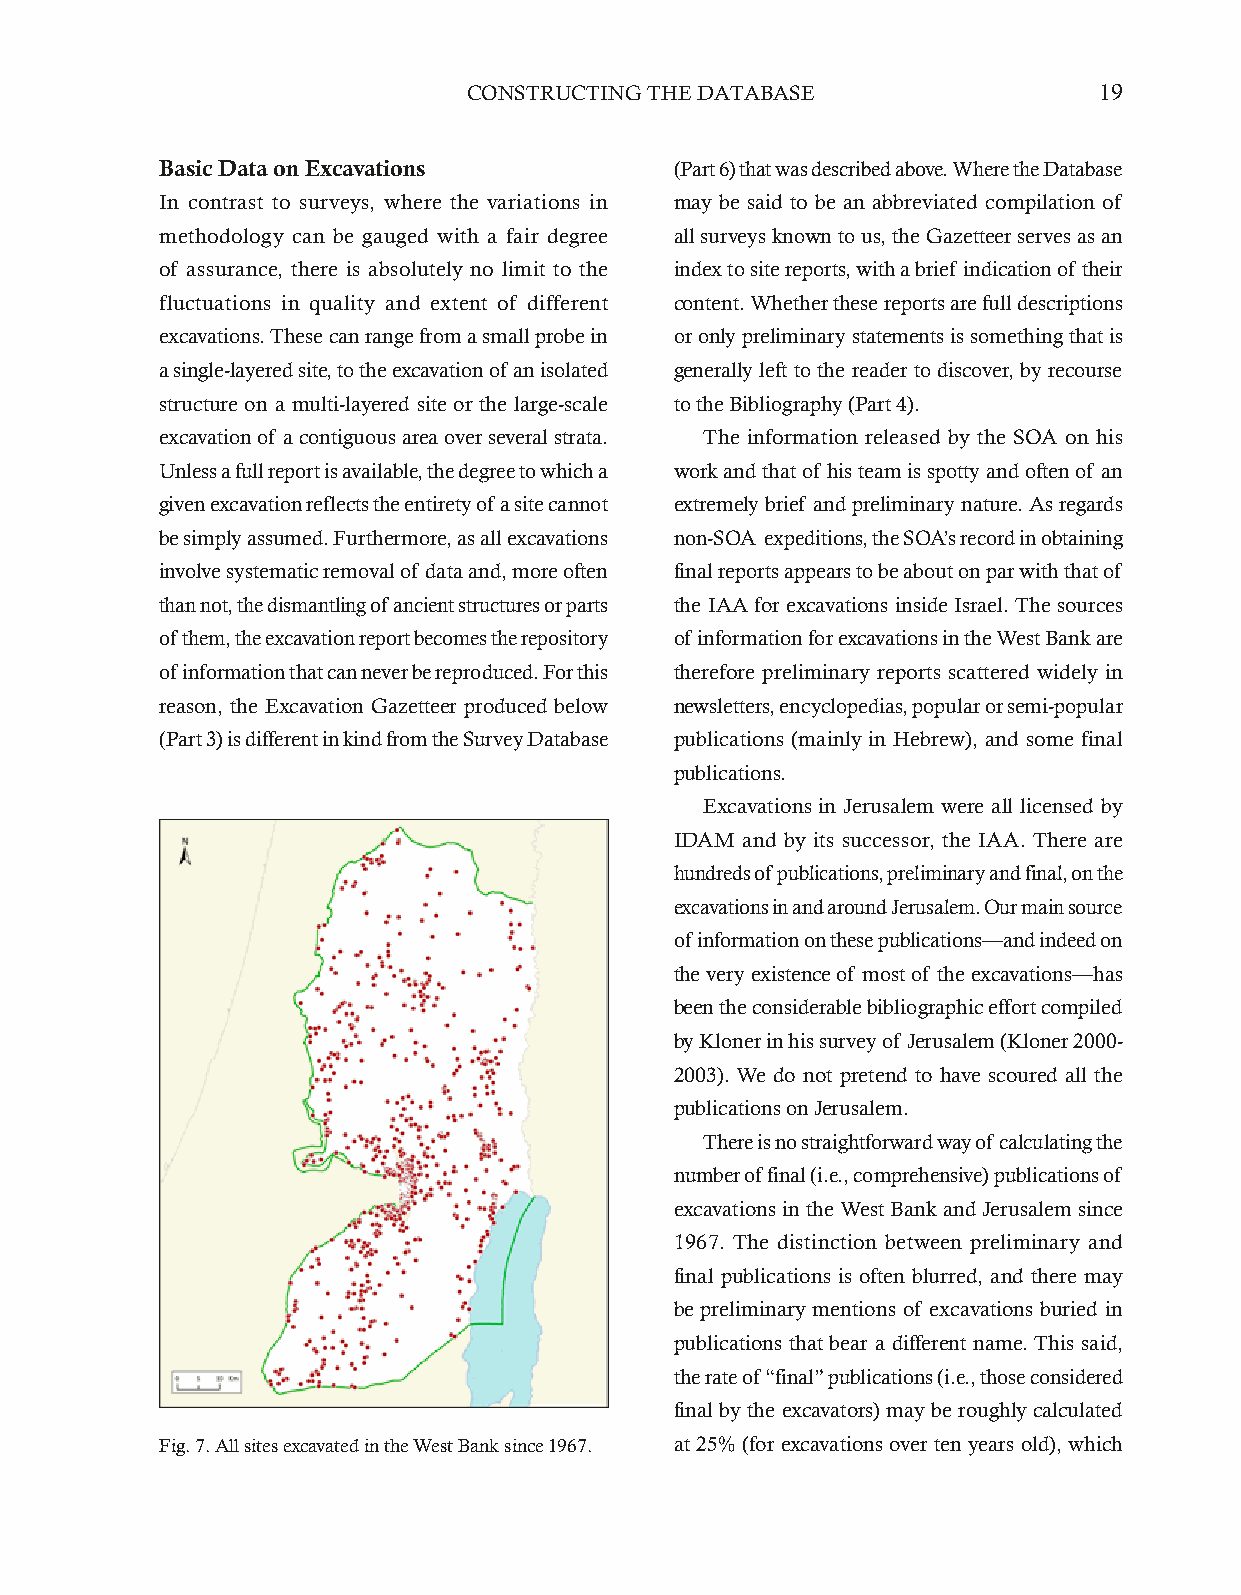
CONSTRUCTING THE DATABASE                 19
 Basic Data on Excavations         (Part 6) that was described above. Where the Database
 In contrast to surveys, where the variations in may be said to be an abbreviated compilation of
 methodology can be gauged with a fair degree all surveys known to us, the Gazetteer serves as an
 of assurance, there is absolutely no limit to the index to site reports, with a brief indication of their
 fluctuations in quality and extent of different content. Whether these reports are full descriptions
 excavations. These can range from a small probe in or only preliminary statements is something that is
 a single-layered site, to the excavation of an isolated generally left to the reader to discover, by recourse
 structure on a multi-layered site or the large-scale to the Bibliography (Part 4).
 excavation of a contiguous area over several strata. The information released by the SOA on his
 Unless a full report is available, the degree to which a work and that of his team is spotty and often of an
 given excavation reflects the entirety of a site cannot extremely brief and preliminary nature. As regards
 be simply assumed. Furthermore, as all excavations non-SOA expeditions, the SOA’s record in obtaining
 involve systematic removal of data and, more often final reports appears to be about on par with that of
 than not, the dismantling of ancient structures or parts the IAA for excavations inside Israel. The sources
 of them, the excavation report becomes the repository of information for excavations in the West Bank are
 of information that can never be reproduced. For this therefore preliminary reports scattered widely in
 reason, the Excavation Gazetteer produced below newsletters, encyclopedias, popular or semi-popular
 (Part 3) is different in kind from the Survey Database publications (mainly in Hebrew), and some final
 publications.
 Excavations in Jerusalem were all licensed by
 IDAM and by its successor, the IAA. There are
 hundreds of publications, preliminary and final, on the
 excavations in and around Jerusalem. Our main source
 of information on these publications—and indeed on
 the very existence of most of the excavations—has
 been the considerable bibliographic effort compiled
 by Kloner in his survey of Jerusalem (Kloner 2000-
 2003). We do not pretend to have scoured all the
 publications on Jerusalem.
 There is no straightforward way of calculating the
 number of final (i.e., comprehensive) publications of
 excavations in the West Bank and Jerusalem since
 1967. The distinction between preliminary and
 final publications is often blurred, and there may
 be preliminary mentions of excavations buried in
 publications that bear a different name. This said,
 the rate of “final” publications (i.e., those considered
 final by the excavators) may be roughly calculated
 Fig. 7. All sites excavated in the West Bank since 1967. at 25% (for excavations over ten years old), which